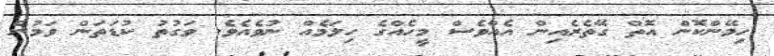
ހިމޭންކޮން އޮތް ގޭތެރެއިން އެއްވެސް މީހެއްގެ ހިލަމެއް ނުވެއެވެ. ވަގުތު ކުޑަތަން ވަމުން